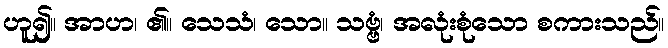
ဟူ၍။ အာဟ၊ ၏။ သေသံ၊ သော။ သဗ္ဗံ၊ အလုံးစုံသော စကားသည်။